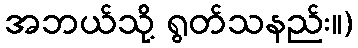
အဘယ်သို့ ရွတ်သနည်း။)